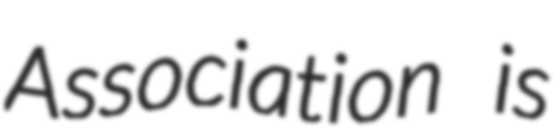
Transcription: Association is